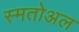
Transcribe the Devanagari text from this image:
स्मतोअल